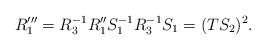
LaTeX: \begin{align*}R'''_1=R^{-1}_3 R''_1 S^{-1}_1 R^{-1}_3 S_1=(TS_2)^2.\end{align*}